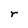
Character: r